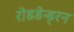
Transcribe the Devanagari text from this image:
रोडडेन्ड्रन